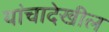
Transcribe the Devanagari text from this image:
यांचादेखील